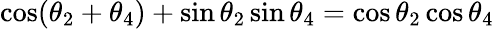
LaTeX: \cos(\theta_{2}+\theta_{4})+\sin\theta_{2}\sin\theta_{4}=\cos\theta_{2}\cos\theta_{4}